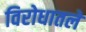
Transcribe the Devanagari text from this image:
विरोधातले